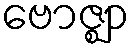
ဗောဇ္ဈာ